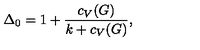
\Delta _ { 0 } = 1 + { \frac { c _ { V } ( G ) } { k + c _ { V } ( G ) } } ,